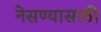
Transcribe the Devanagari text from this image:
नेसण्यासाठी